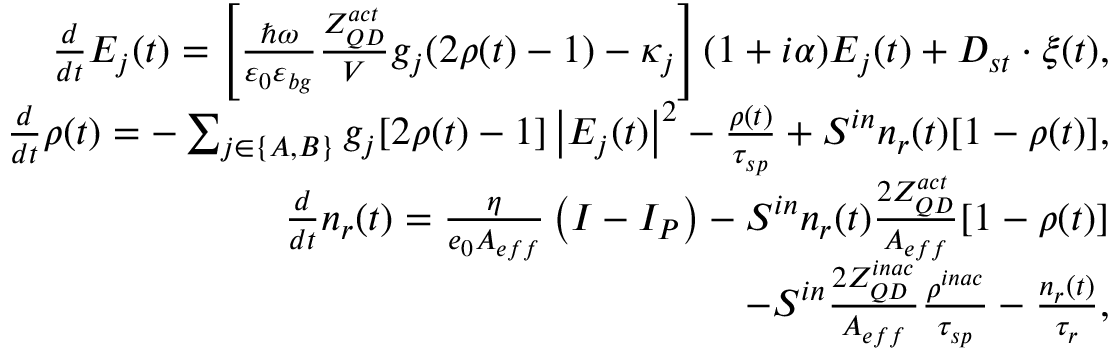
\begin{array} { r } { \frac { d } { d t } E _ { j } ( t ) = \left[ \frac { \hbar \omega } { \varepsilon _ { 0 } \varepsilon _ { b g } } \frac { Z _ { Q D } ^ { a c t } } { V } g _ { j } ( 2 \rho ( t ) - 1 ) - \kappa _ { j } \right] ( 1 + i \alpha ) E _ { j } ( t ) + D _ { s t } \cdot \xi ( t ) , } \\ { \frac { d } { d t } \rho ( t ) = - \sum _ { j \in \{ A , B \} } g _ { j } [ 2 \rho ( t ) - 1 ] \left| E _ { j } ( t ) \right| ^ { 2 } - \frac { \rho ( t ) } { \tau _ { s p } } + S ^ { i n } n _ { r } ( t ) [ 1 - \rho ( t ) ] , } \\ { \frac { d } { d t } n _ { r } ( t ) = \frac { \eta } { e _ { 0 } A _ { e f f } } \left( I - I _ { P } \right) - S ^ { i n } n _ { r } ( t ) \frac { 2 Z _ { Q D } ^ { a c t } } { A _ { e f f } } [ 1 - \rho ( t ) ] } \\ { - S ^ { i n } \frac { 2 Z _ { Q D } ^ { i n a c } } { A _ { e f f } } \frac { \rho ^ { i n a c } } { \tau _ { s p } } - \frac { n _ { r } ( t ) } { \tau _ { r } } , } \end{array}